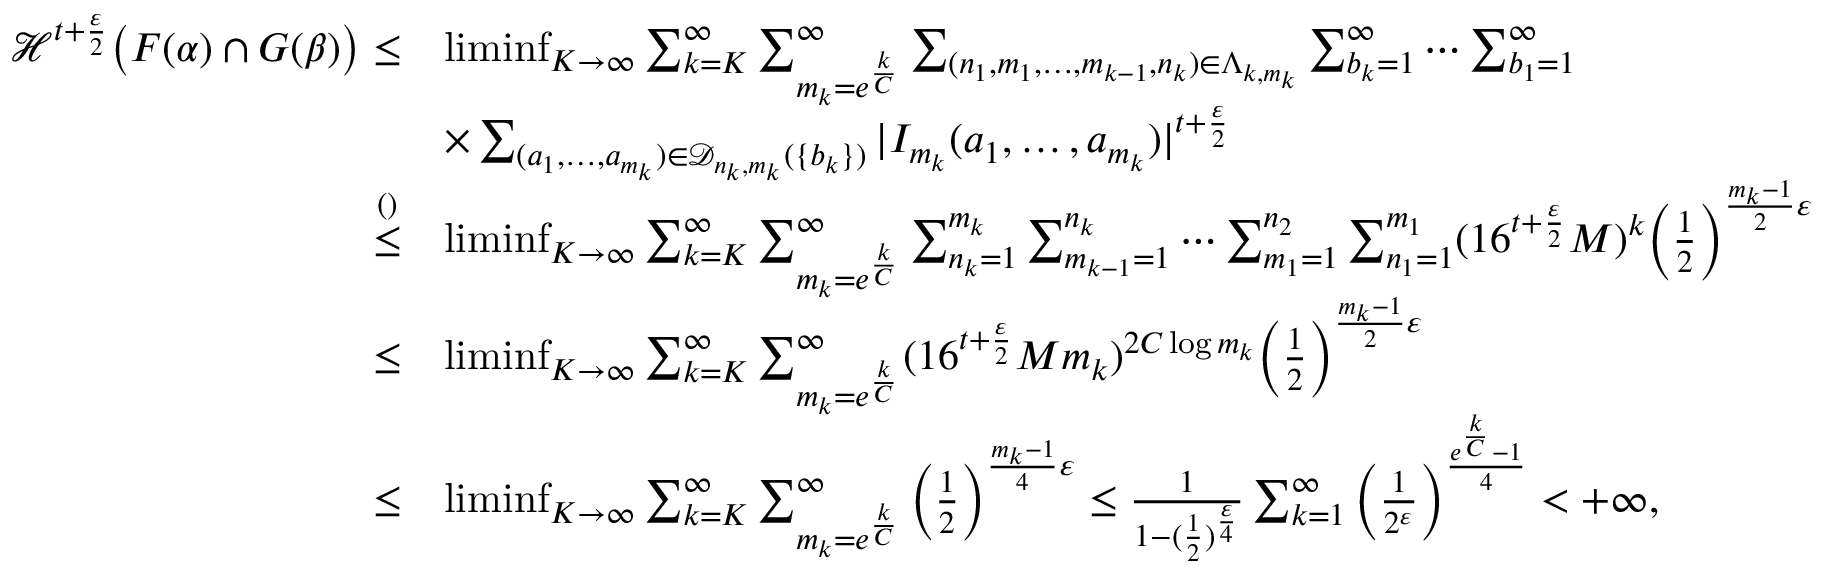
\begin{array} { r l } { \mathcal { H } ^ { t + \frac { \varepsilon } { 2 } } \big ( F ( \alpha ) \cap G ( \beta ) \big ) \leq } & { \operatorname* { l i m i n f } _ { K \to \infty } \sum _ { k = K } ^ { \infty } \sum _ { m _ { k } = e ^ { \frac { k } { C } } } ^ { \infty } \sum _ { ( n _ { 1 } , m _ { 1 } , \ldots , m _ { k - 1 } , n _ { k } ) \in \Lambda _ { k , m _ { k } } } \sum _ { b _ { k } = 1 } ^ { \infty } \cdots \sum _ { b _ { 1 } = 1 } ^ { \infty } } \\ & { \times \sum _ { ( a _ { 1 } , \ldots , a _ { m _ { k } } ) \in \mathcal { D } _ { n _ { k } , m _ { k } } ( \{ b _ { k } \} ) } | I _ { m _ { k } } ( a _ { 1 } , \ldots , a _ { m _ { k } } ) | ^ { t + \frac { \varepsilon } { 2 } } } \\ { \overset { \mathrm { ( ) } } { \leq } } & { \operatorname* { l i m i n f } _ { K \to \infty } \sum _ { k = K } ^ { \infty } \sum _ { m _ { k } = e ^ { \frac { k } { C } } } ^ { \infty } \sum _ { n _ { k } = 1 } ^ { m _ { k } } \sum _ { m _ { k - 1 } = 1 } ^ { n _ { k } } \cdots \sum _ { m _ { 1 } = 1 } ^ { n _ { 2 } } \sum _ { n _ { 1 } = 1 } ^ { m _ { 1 } } ( 1 6 ^ { t + \frac { \varepsilon } { 2 } } M ) ^ { k } \Big ( \frac { 1 } { 2 } \Big ) ^ { \frac { m _ { k } - 1 } { 2 } \varepsilon } } \\ { \leq } & { \operatorname* { l i m i n f } _ { K \to \infty } \sum _ { k = K } ^ { \infty } \sum _ { m _ { k } = e ^ { \frac { k } { C } } } ^ { \infty } ( 1 6 ^ { t + \frac { \varepsilon } { 2 } } M m _ { k } ) ^ { 2 C \log m _ { k } } \Big ( \frac { 1 } { 2 } \Big ) ^ { \frac { m _ { k } - 1 } { 2 } \varepsilon } } \\ { \leq } & { \operatorname* { l i m i n f } _ { K \to \infty } \sum _ { k = K } ^ { \infty } \sum _ { m _ { k } = e ^ { \frac { k } { C } } } ^ { \infty } \Big ( \frac { 1 } { 2 } \Big ) ^ { \frac { m _ { k } - 1 } { 4 } \varepsilon } \leq \frac { 1 } { 1 - ( \frac { 1 } { 2 } ) ^ { \frac { \varepsilon } { 4 } } } \sum _ { k = 1 } ^ { \infty } \Big ( \frac { 1 } { 2 ^ { \varepsilon } } \Big ) ^ { \frac { e ^ { \frac { k } { C } } - 1 } { 4 } } < + \infty , } \end{array}